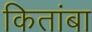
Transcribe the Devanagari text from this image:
कितांबा